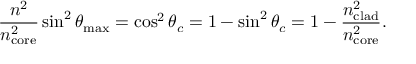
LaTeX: { \frac { n ^ { 2 } } { n _ { \mathrm { c o r e } } ^ { 2 } } } \sin ^ { 2 } \theta _ { \mathrm { m a x } } = \cos ^ { 2 } \theta _ { c } = 1 - \sin ^ { 2 } \theta _ { c } = 1 - { \frac { n _ { \mathrm { c l a d } } ^ { 2 } } { n _ { \mathrm { c o r e } } ^ { 2 } } } .